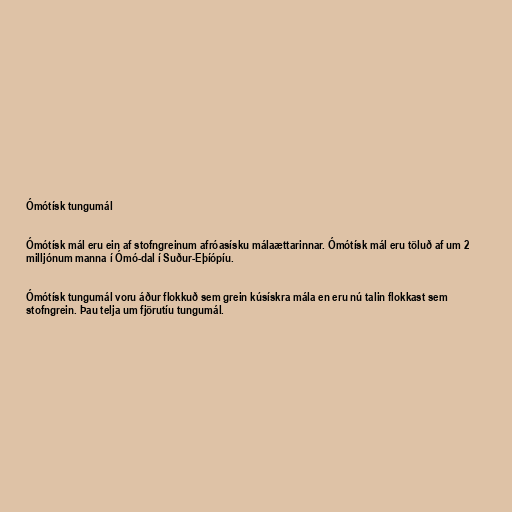
Ómótísk tungumál

Ómótísk mál eru ein af stofngreinum afróasísku málaættarinnar. Ómótísk mál eru töluð af um 2
milljónum manna í Ómó-dal í Suður-Eþíópíu.

Ómótísk tungumál voru áður flokkuð sem grein kúsískra mála en eru nú talin flokkast sem
stofngrein. Þau telja um fjörutíu tungumál.